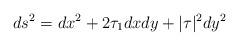
\begin{align*}ds^{2}= dx^{2}+2\tau_{1}dx dy+ |\tau|^{2} dy^{2}\end{align*}